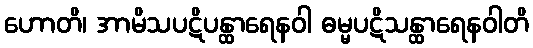
ဟောတိ၊ အာမိသပဋိပန္ထာရေနဝါ ဓမ္မပဋိသန္ထာရေနဝါတိ